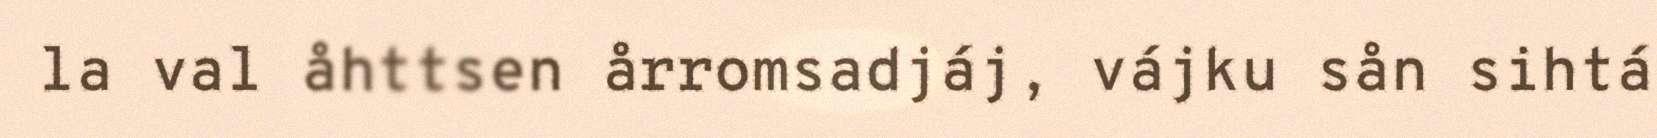
la val åhttsen årromsadjáj, vájku sån sihtá